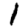
Digit: 1